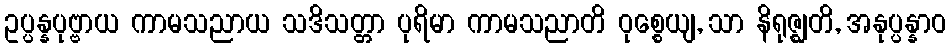
ဥပ္ပန္နပုဗ္ဗာယ ကာမသညာယ သဒိသတ္တာ ပုရိမာ ကာမသညာတိ ဝုစ္စေယျ, သာ နိရုဇ္ဈတိ, အနုပ္ပန္နာဝ